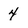
Character: 4